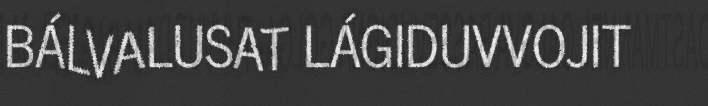
BÁLVALUSAT LÁGIDUVVOJIT